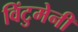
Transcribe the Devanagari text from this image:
विंटुमेनी